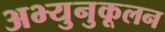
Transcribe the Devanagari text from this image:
अभ्युनुकूलन